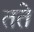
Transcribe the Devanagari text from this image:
तते